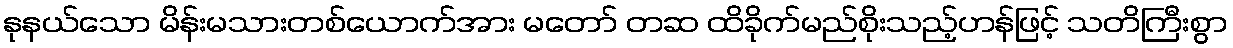
နုနယ်သော မိန်းမသားတစ်ယောက်အား မတော် တဆ ထိခိုက်မည်စိုးသည့်ဟန်ဖြင့် သတိကြီးစွာ